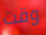
وقت